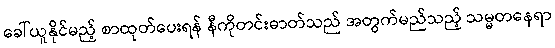
ခေါ်ယူနိုင်မည့် စာထုတ်ပေးရန် နီကိုတင်းဓာတ်သည် အတွက်မည်သည့် သမ္မတနေရာ